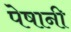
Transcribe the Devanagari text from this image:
पेषानी